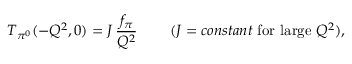
T _ { \pi ^ { 0 } } ( - Q ^ { 2 } , 0 ) = { \cal J } \, \frac { f _ { \pi } } { Q ^ { 2 } } \, \qquad ( { \cal J } = { c o n s t a n t } \, \, \mathrm { f o r \, \, l a r g e \, \, } Q ^ { 2 } ) ,